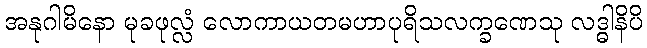
အနုဂါမိနော မုခဖုလ္လံ လောကာယတမဟာပုရိသလက္ခဏေသု လဒ္ဓါနိပိ